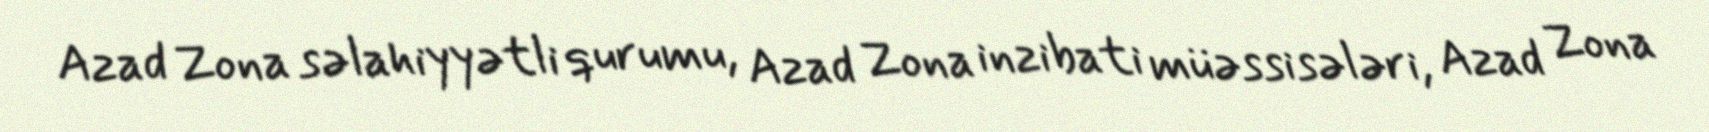
Azad Zona səlahiyyətli qurumu, Azad Zona inzibati müəssisələri, Azad Zona